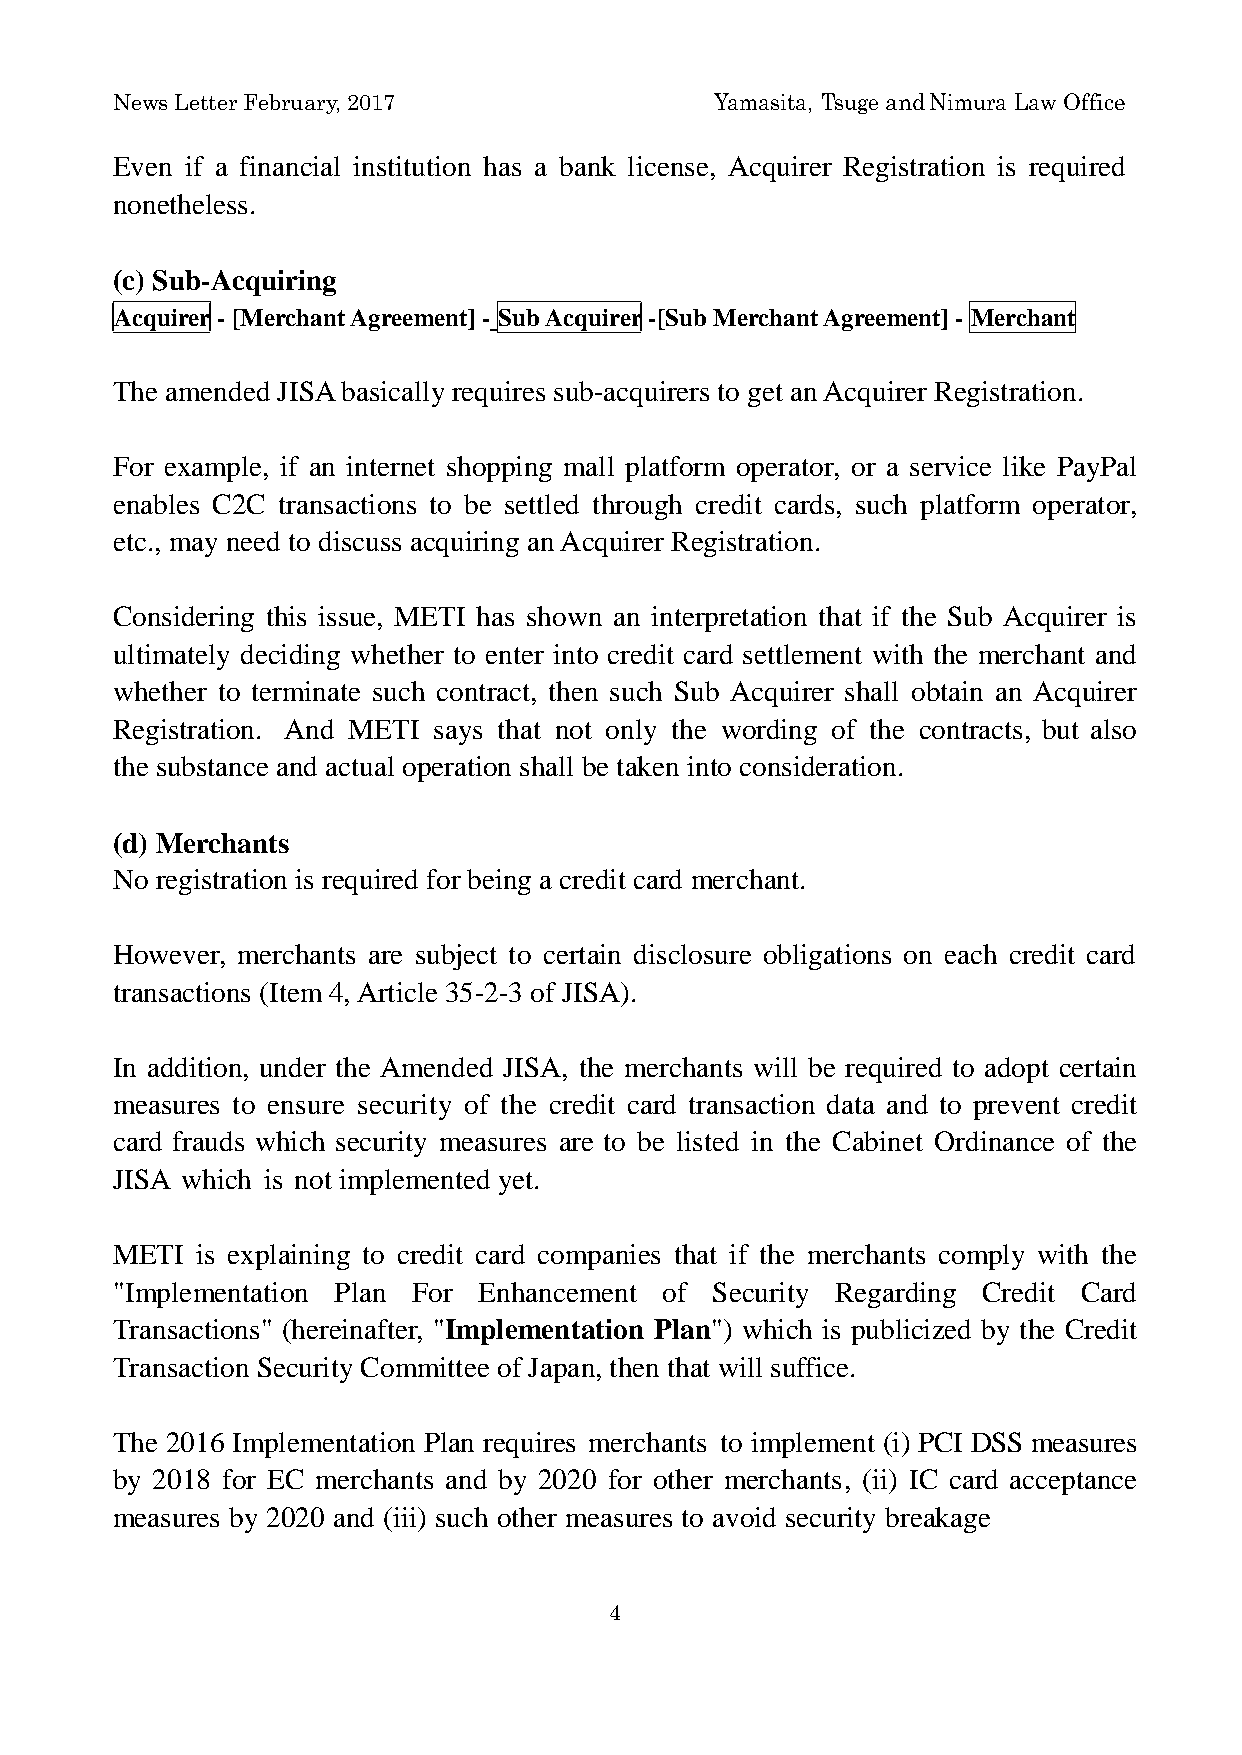
News Letter February, 2017              Yamasita, Tsuge and Nimura Law Office
 Even if a financial institution has a bank license, Acquirer Registration is required
 nonetheless.
 (c) Sub-Acquiring
 Acquirer - [Merchant Agreement] - Sub Acquirer -[Sub Merchant Agreement] - Merchant
 The amended JISA basically requires sub-acquirers to get an Acquirer Registration.
 For example, if an internet shopping mall platform operator, or a service like PayPal
 enables C2C transactions to be settled through credit cards, such platform operator,
 etc., may need to discuss acquiring an Acquirer Registration.
 Considering this issue, METI has shown an interpretation that if the Sub Acquirer is
 ultimately deciding whether to enter into credit card settlement with the merchant and
 whether to terminate such contract, then such Sub Acquirer shall obtain an Acquirer
 Registration. And METI says that not only the wording of the contracts, but also
 the substance and actual operation shall be taken into consideration.
 (d) Merchants
 No registration is required for being a credit card merchant.
 However, merchants are subject to certain disclosure obligations on each credit card
 transactions (Item 4, Article 35-2-3 of JISA).
 In addition, under the Amended JISA, the merchants will be required to adopt certain
 measures to ensure security of the credit card transaction data and to prevent credit
 card frauds which security measures are to be listed in the Cabinet Ordinance of the
 JISA which is not implemented yet.
 METI  is explaining to credit card companies that if the merchants comply with the
 "Implementation Plan For Enhancement of Security Regarding Credit Card
 Transactions" (hereinafter, "Implementation Plan") which is publicized by the Credit
 Transaction Security Committee of Japan, then that will suffice.
 The 2016 Implementation Plan requires merchants to implement (i) PCI DSS measures
 by 2018 for EC merchants and by 2020 for other merchants, (ii) IC card acceptance
 measures by 2020 and (iii) such other measures to avoid security breakage
 4